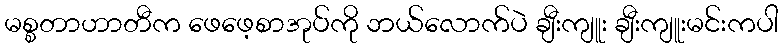
မစ္စတာဟာတီက ဖေဖေ့စာအုပ်ကို ဘယ်လောက်ပဲ ချီးကျူး ချီးကျူးမင်းကပါ